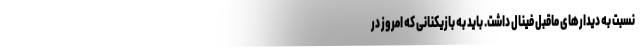
نسبت به دیدارهای ماقبل فینال داشت. باید به بازیکنانی که امروز در